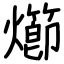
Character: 㸅